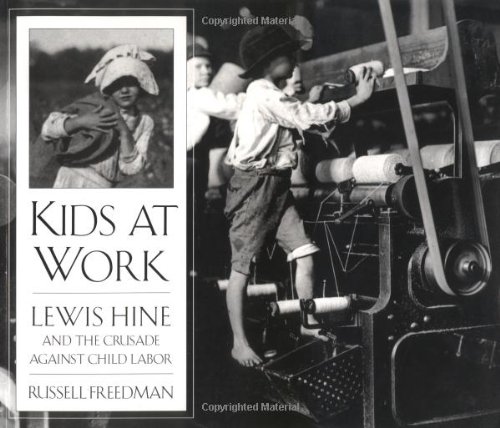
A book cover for Kids at Work: Lewis Hine and the Crusade Against Child Labor; Russell Freedman; Business & Money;